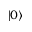
| 0 \rangle